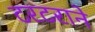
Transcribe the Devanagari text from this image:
टरटराने